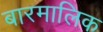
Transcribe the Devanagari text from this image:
बारमालिक